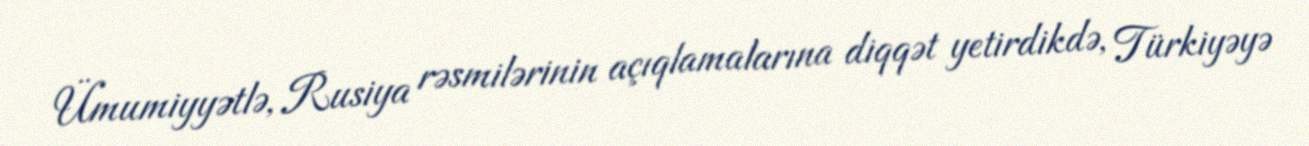
Ümumiyyətlə, Rusiya rəsmilərinin açıqlamalarına diqqət yetirdikdə, Türkiyəyə